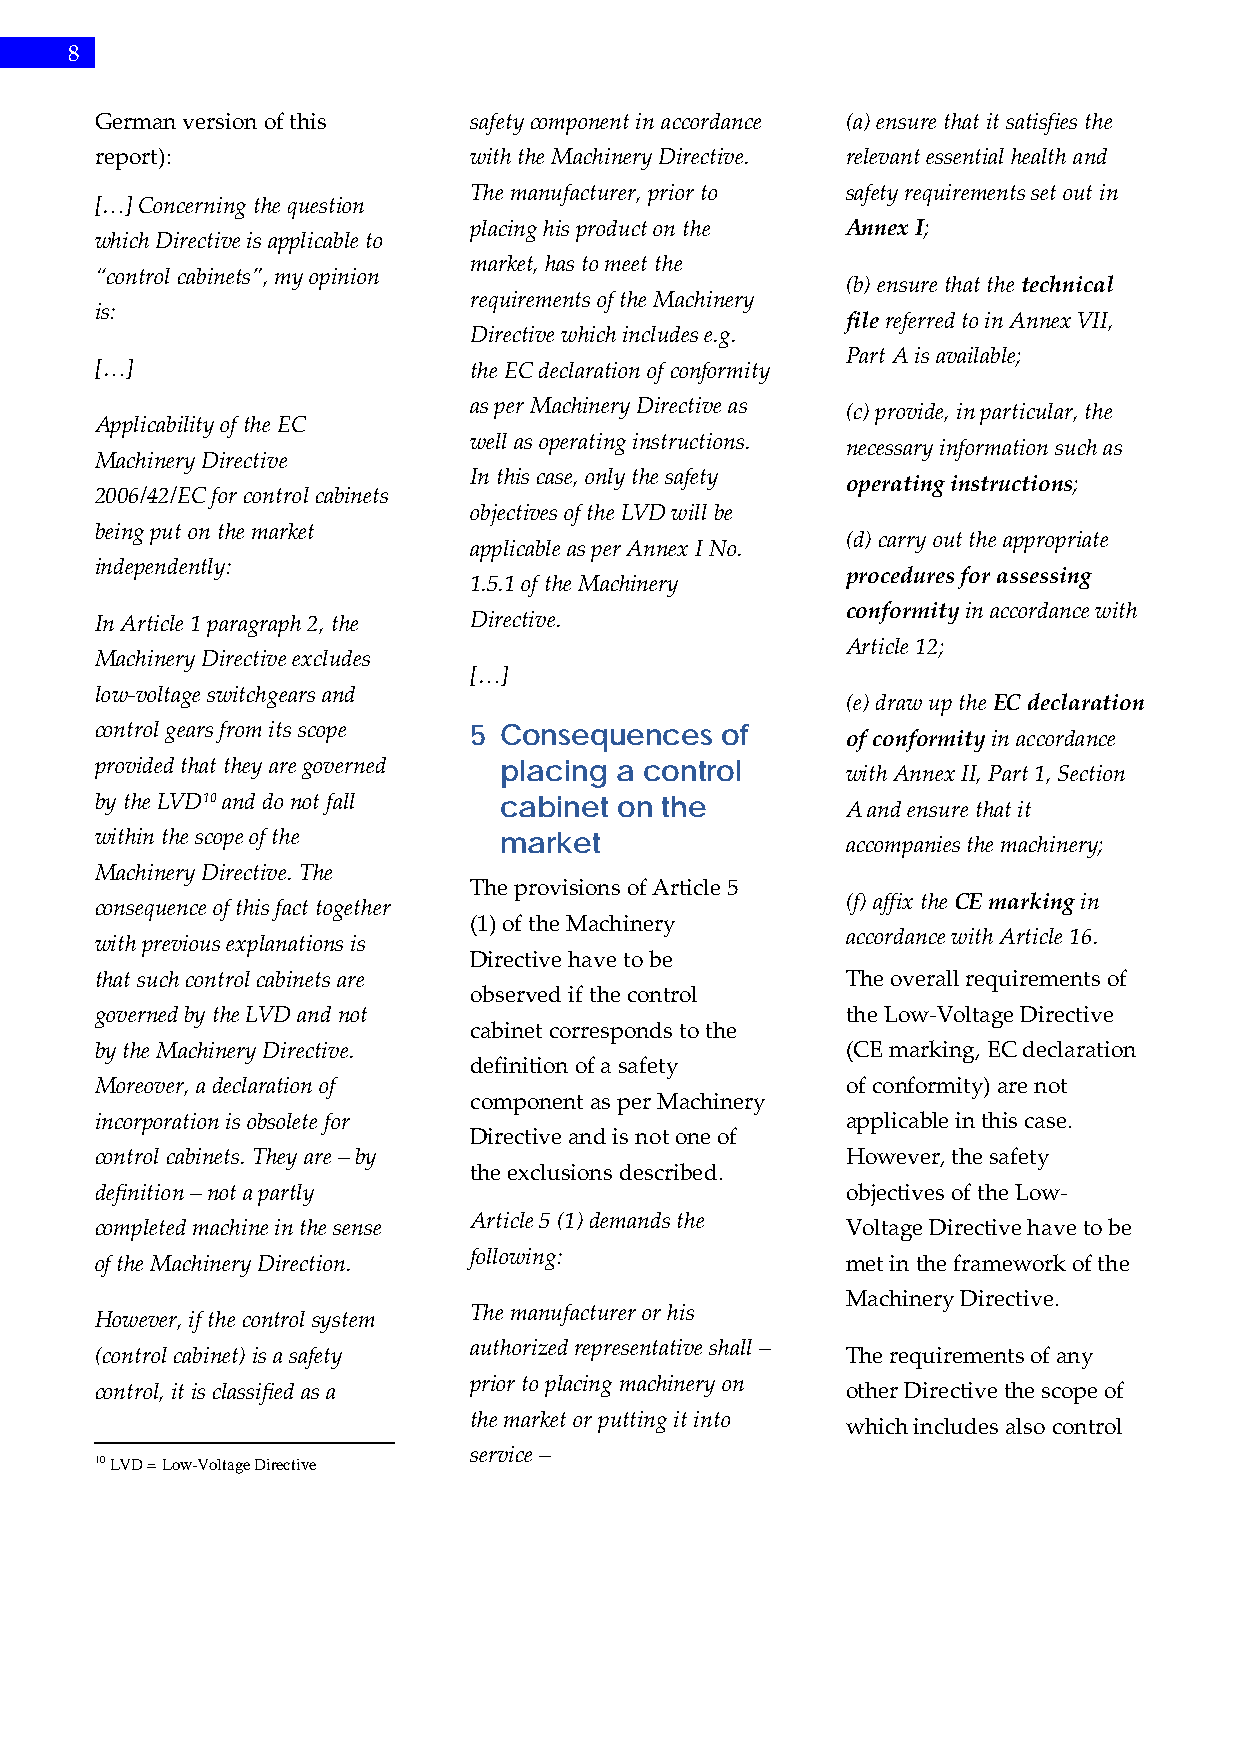
8
 German version of this   safety component in accordance (a) ensure that it satisfies the
 report):                 with the Machinery Directive. relevant essential health and
 The manufacturer, prior to safety requirements set out in
 […] Concerning the question
 placing his product on the Annex I;
 which Directive is applicable to
 market, has to meet the
 “control cabinets”, my opinion
 (b) ensure that the technical
 requirements of the Machinery
 is:
 file referred to in Annex VII,
 Directive which includes e.g.
 Part A is available;
 […]                      the EC declaration of conformity
 as per Machinery Directive as (c) provide, in particular, the
 Applicability of the EC
 well as operating instructions. necessary information such as
 Machinery Directive
 In this case, only the safety operating instructions;
 2006/42/EC for control cabinets
 objectives of the LVD will be
 being put on the market
 (d) carry out the appropriate
 applicable as per Annex I No.
 independently:
 procedures for assessing
 1.5.1 of the Machinery
 conformity in accordance with
 In Article 1 paragraph 2, the Directive.
 Article 12;
 Machinery Directive excludes
 […]
 low-voltage switchgears and
 (e) draw up the EC declaration
 control gears from its scope 5 Consequences of    of conformity in accordance
 provided that they are governed placing a control with Annex II, Part 1, Section
 by the LVD10 and do not fall cabinet on the       A and ensure that it
 within the scope of the    market                 accompanies the machinery;
 Machinery Directive. The
 The provisions of Article 5
 (f) affix the CE marking in
 consequence of this fact together
 (1) of the Machinery
 accordance with Article 16.
 with previous explanations is
 Directive have to be
 that such control cabinets are                    The overall requirements of
 observed if the control
 governed by the LVD and not                       the Low-Voltage Directive
 cabinet corresponds to the
 by the Machinery Directive.                       (CE marking, EC declaration
 definition of a safety
 Moreover, a declaration of                        of conformity) are not
 component as per Machinery
 incorporation is obsolete for                     applicable in this case.
 Directive and is not one of
 control cabinets. They are – by                   However, the safety
 the exclusions described.
 definition – not a partly                         objectives of the Low-
 Article 5 (1) demands the
 completed machine in the sense                    Voltage Directive have to be
 following:
 of the Machinery Direction.                       met in the framework of the
 Machinery Directive.
 The manufacturer or his
 However, if the control system
 authorized representative shall –
 (control cabinet) is a safety                     The requirements of any
 prior to placing machinery on
 control, it is classified as a                    other Directive the scope of
 the market or putting it into
 which includes also control
 service –
 10 LVD = Low-Voltage Directive